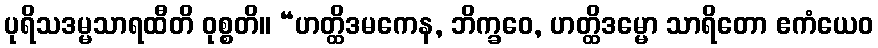
ပုရိသဒမ္မသာရထီတိ ဝုစ္စတိ။ “ဟတ္ထိဒမကေန, ဘိက္ခဝေ, ဟတ္ထိဒမ္မော သာရိတော ဧကံယေဝ